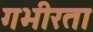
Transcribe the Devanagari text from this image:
गभीरता